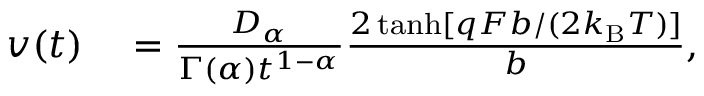
\begin{array} { r l } { v ( t ) } & { { } = \frac { D _ { \alpha } } { \Gamma ( \alpha ) t ^ { 1 - \alpha } } \frac { 2 \operatorname { t a n h } [ q F b / ( 2 k _ { \mathrm { B } } T ) ] } { b } , } \end{array}